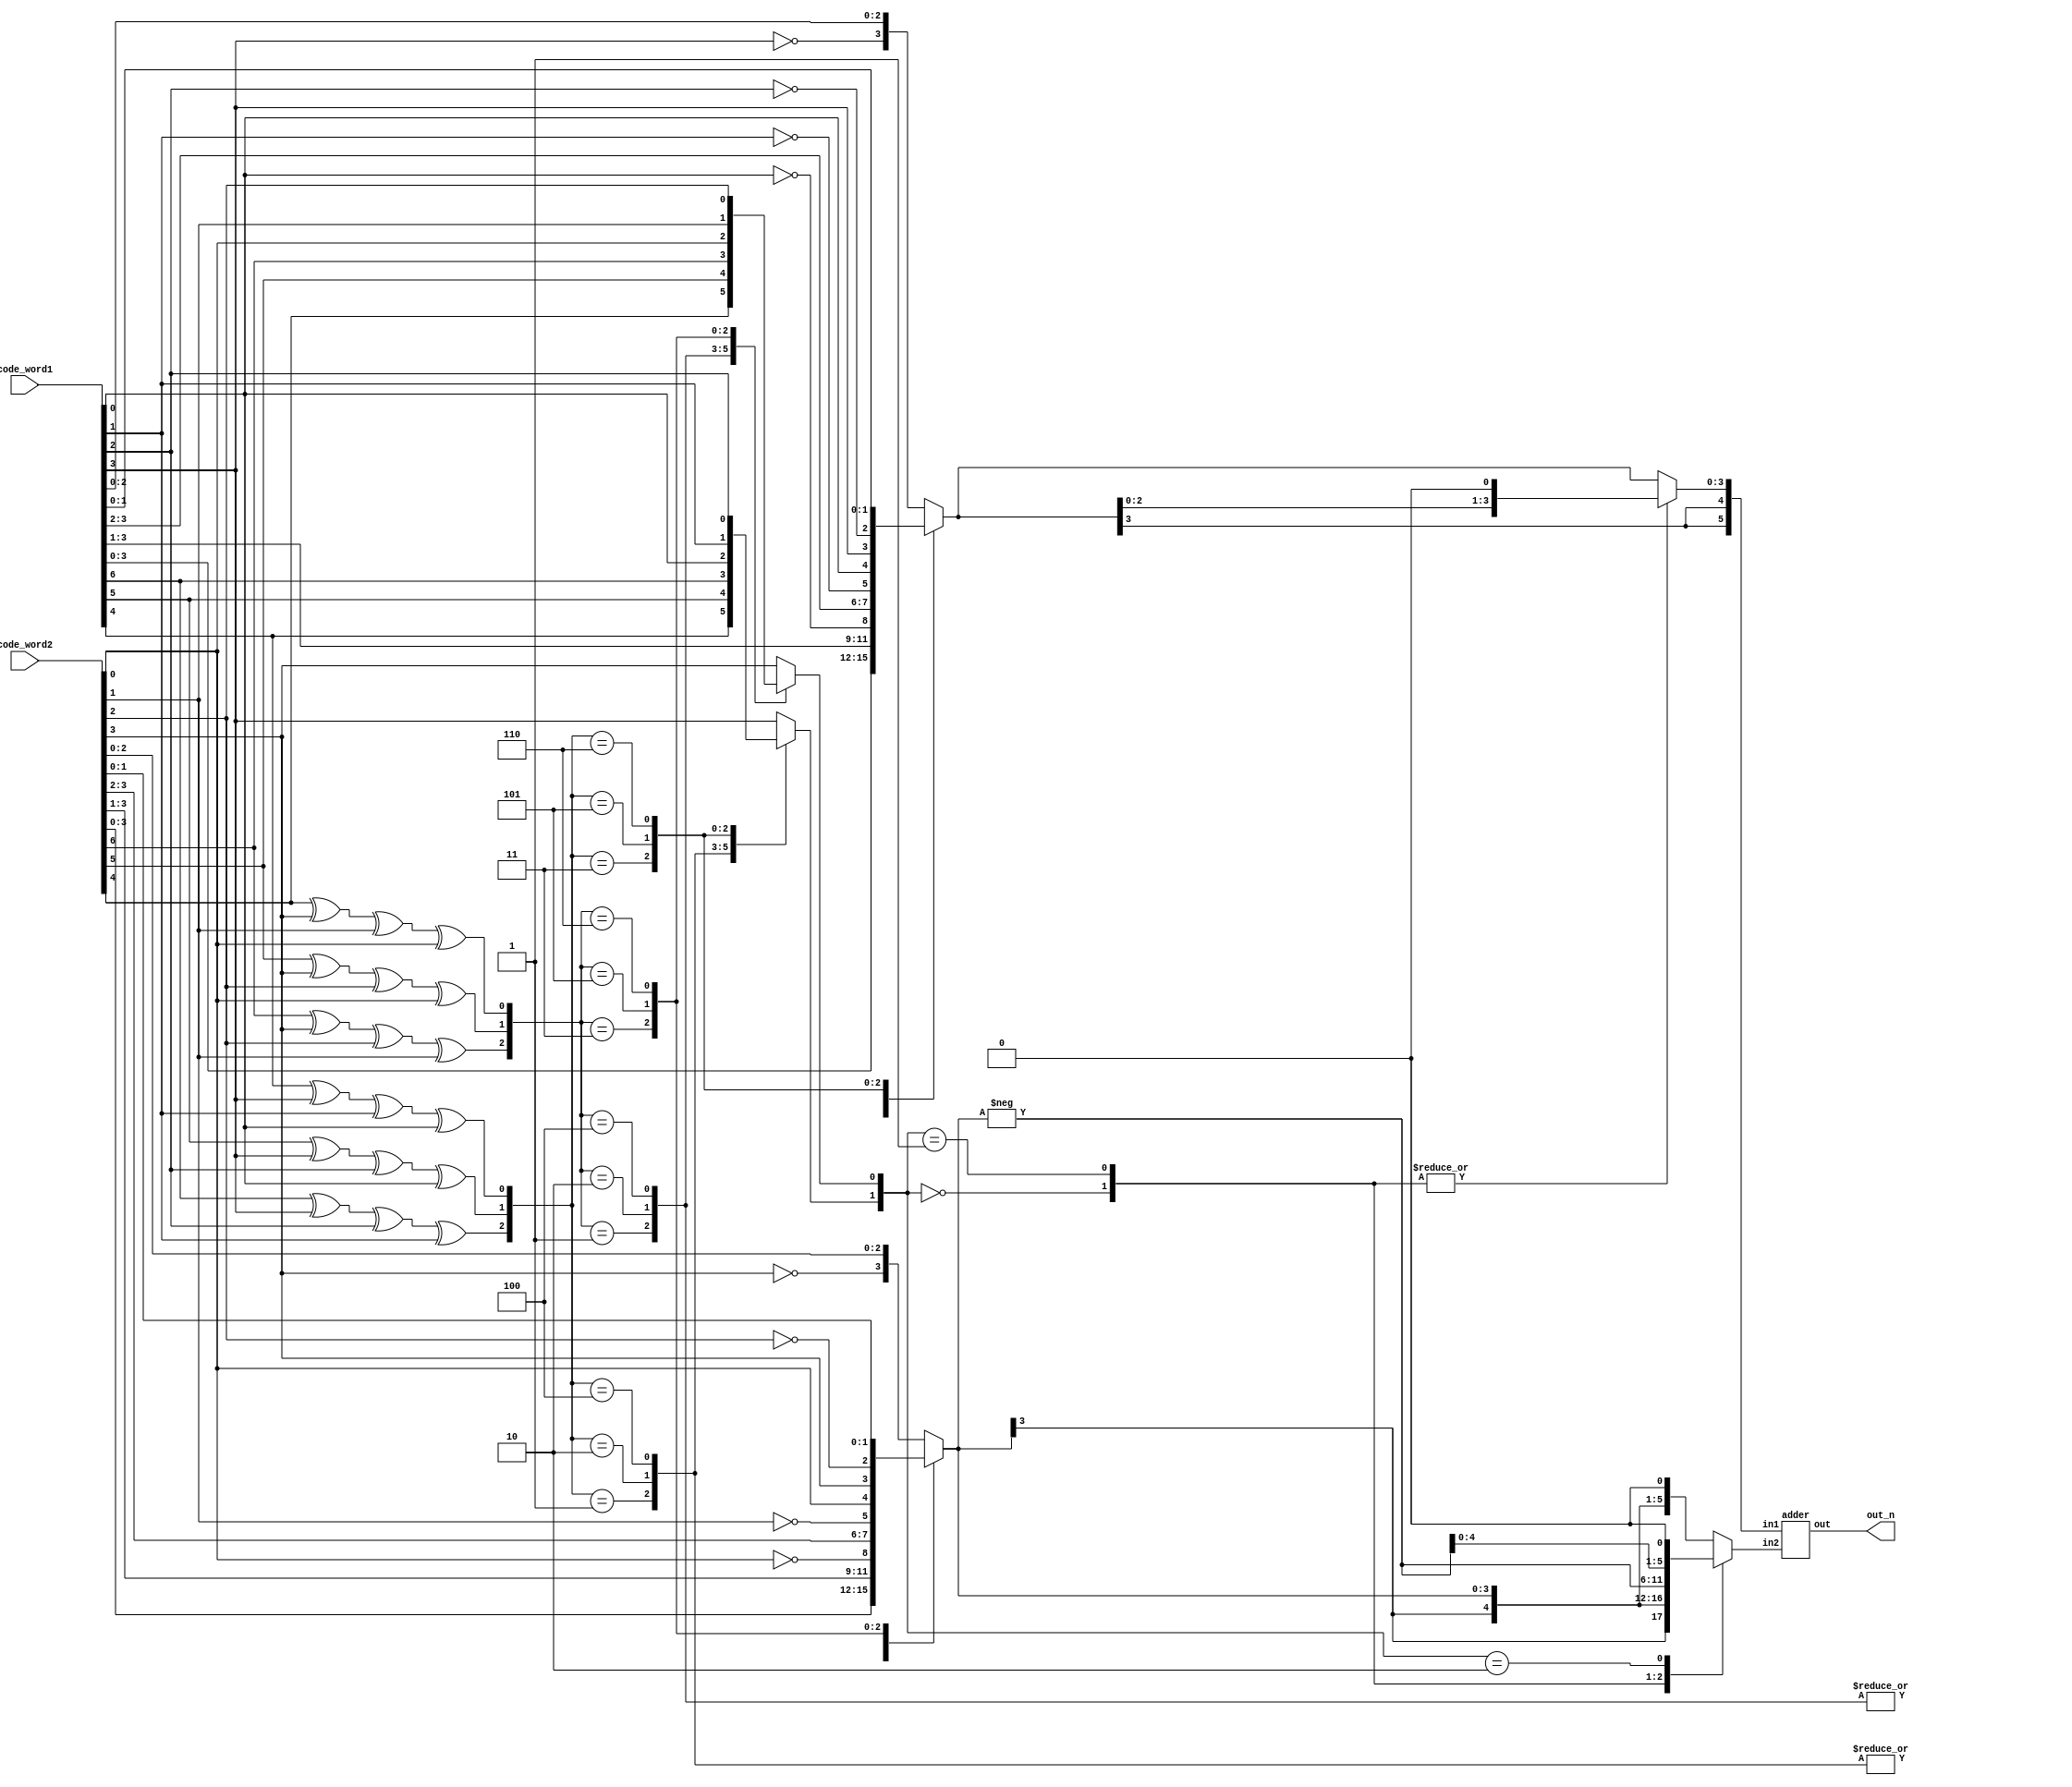
module HD(
	code_word1,
	code_word2,
	out_n
);
input  [6:0]code_word1, code_word2;
output signed[5:0] out_n;

wire circle1_w1,circle2_w1,circle3_w1;
wire circle1_w2,circle2_w2,circle3_w2;
reg signed[3:0] c1,c2;
reg signed[5:0] in1,in2;
reg [1:0] opt;

assign circle1_w1 = code_word1[6]^code_word1[3]^code_word1[2]^code_word1[1];
assign circle2_w1 = code_word1[5]^code_word1[3]^code_word1[2]^code_word1[0];
assign circle3_w1 = code_word1[4]^code_word1[3]^code_word1[1]^code_word1[0];

assign circle1_w2 = code_word2[6]^code_word2[3]^code_word2[2]^code_word2[1];
assign circle2_w2 = code_word2[5]^code_word2[3]^code_word2[2]^code_word2[0];
assign circle3_w2 = code_word2[4]^code_word2[3]^code_word2[1]^code_word2[0];

always@(*) begin
	case({circle1_w1, circle2_w1, circle3_w1})	
	3'b001:begin
		opt[1] = code_word1[4];
		c1 = {code_word1[3],code_word1[2],code_word1[1],code_word1[0]};
	end
	3'b010:begin
		opt[1] = code_word1[5];
		c1 = {code_word1[3],code_word1[2],code_word1[1],code_word1[0]};
	end
	3'b100:begin
		opt[1] = code_word1[6];
		c1 = {code_word1[3],code_word1[2],code_word1[1],code_word1[0]};
	end
	3'b011:begin
		opt[1] = code_word1[0];
		c1 = {code_word1[3],code_word1[2],code_word1[1],~code_word1[0]};
	end
	3'b101:begin
		opt[1] = code_word1[1];
		c1 = {code_word1[3],code_word1[2],~code_word1[1],code_word1[0]};
	end
	3'b110:begin
		opt[1] = code_word1[2];
		c1 = {code_word1[3],~code_word1[2],code_word1[1],code_word1[0]};
	end
	default:begin//3'd111
		opt[1] = code_word1[3];
		c1 = {~code_word1[3],code_word1[2],code_word1[1],code_word1[0]};
	end 
	endcase
end

always@(*) begin
	case({circle1_w2, circle2_w2, circle3_w2})	
	3'b001:begin
		opt[0] = code_word2[4];
		c2 = {code_word2[3],code_word2[2],code_word2[1],code_word2[0]};
	end
	3'b010:begin
		opt[0] = code_word2[5];
		c2 = {code_word2[3],code_word2[2],code_word2[1],code_word2[0]};
	end
	3'b100:begin
		opt[0] = code_word2[6];
		c2 = {code_word2[3],code_word2[2],code_word2[1],code_word2[0]};
	end
	3'b011:begin
		opt[0] = code_word2[0];
		c2 = {code_word2[3],code_word2[2],code_word2[1],~code_word2[0]};
	end
	3'b101:begin
		opt[0] = code_word2[1];
		c2 = {code_word2[3],code_word2[2],~code_word2[1],code_word2[0]};
	end
	3'b110:begin
		opt[0] = code_word2[2];
		c2 = {code_word2[3],~code_word2[2],code_word2[1],code_word2[0]};
	end
	default:begin//3'd111
		opt[0] = code_word2[3];
		c2 = {~code_word2[3],code_word2[2],code_word2[1],code_word2[0]};
	end 
	endcase
end

always@(*) begin
	case(opt)
	2'b00 :begin
			in1 = c1<<<1;
			in2 = c2;
		end
	2'b01 :begin
			in1 = c1<<<1;
			in2 = -c2;
		end
	2'b10 :begin
			in1 = c1;
			in2 = -c2 <<<1;
		end
	default:begin
			in1 = c1;
			in2 = c2<<<1;
		end 
	endcase
end
adder a1(.out(out_n),.in1(in1),.in2(in2));

endmodule

module adder(out,in1,in2);
input signed [5:0] in1,in2;
output signed [5:0] out;

assign out = in1 + in2 ;

endmodule